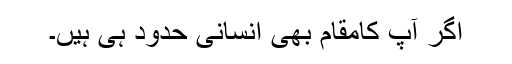
اگر آپ کامقام بھی انسانی حدود ہی ہیں۔